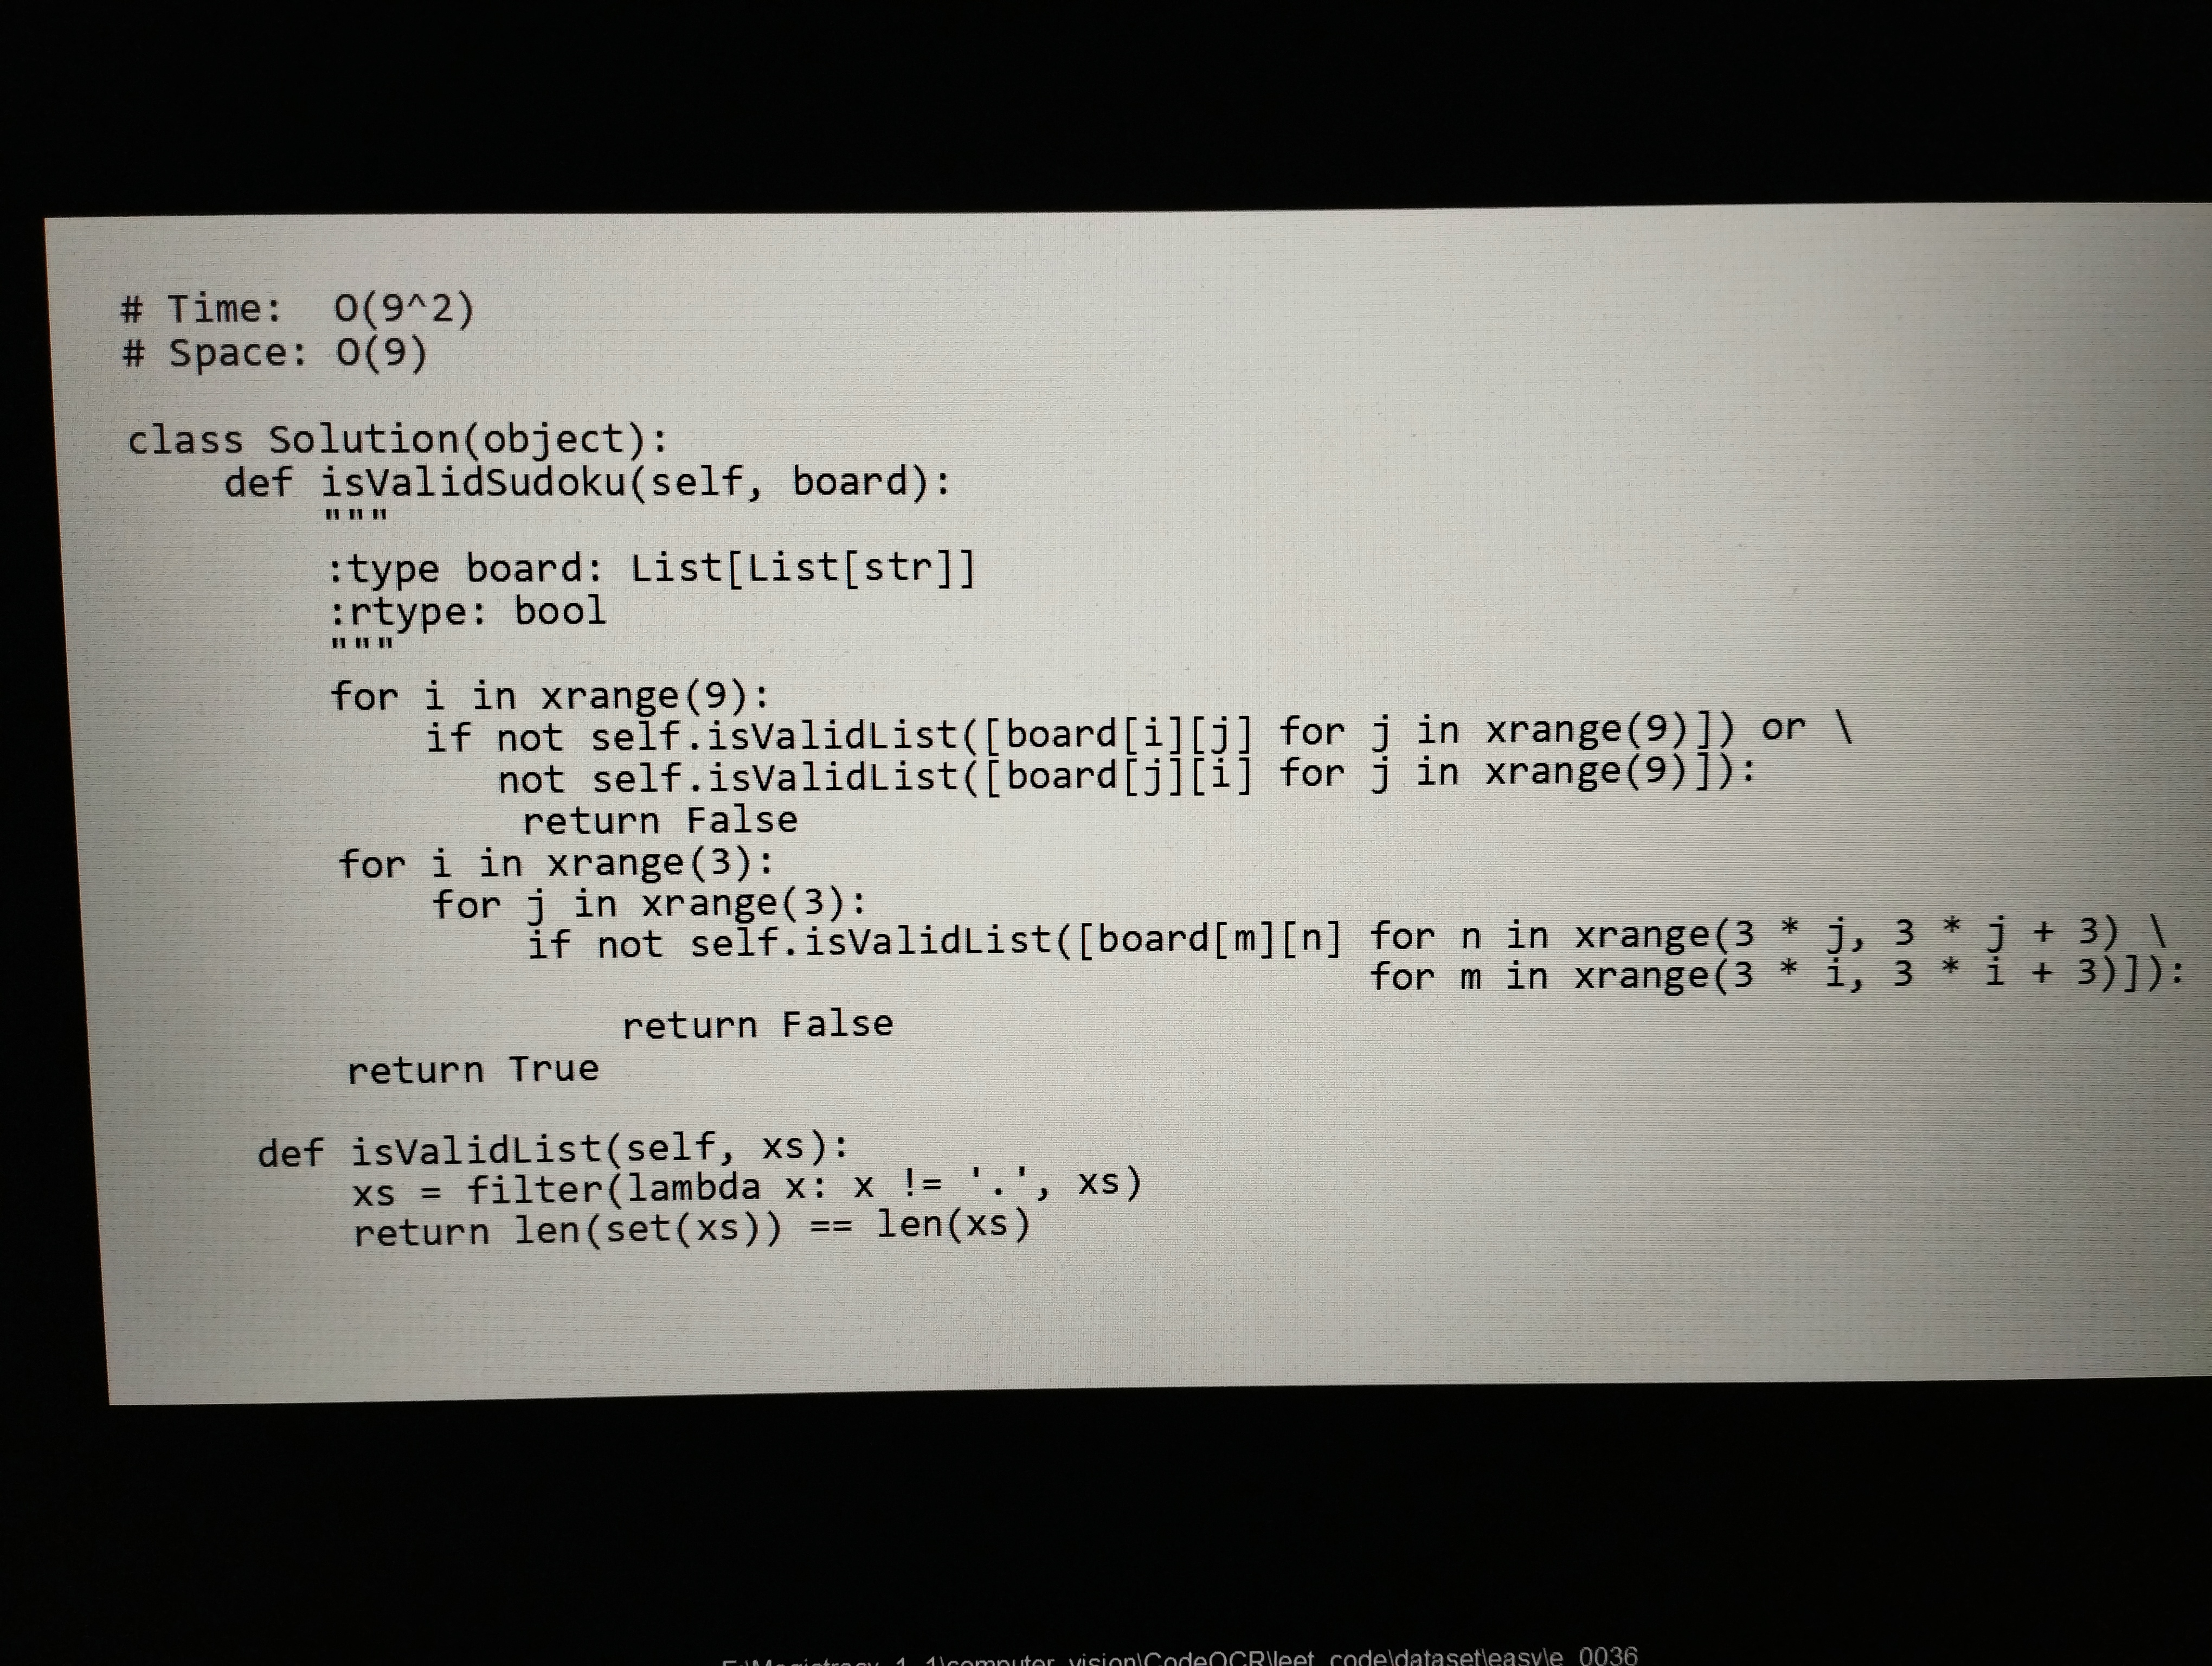
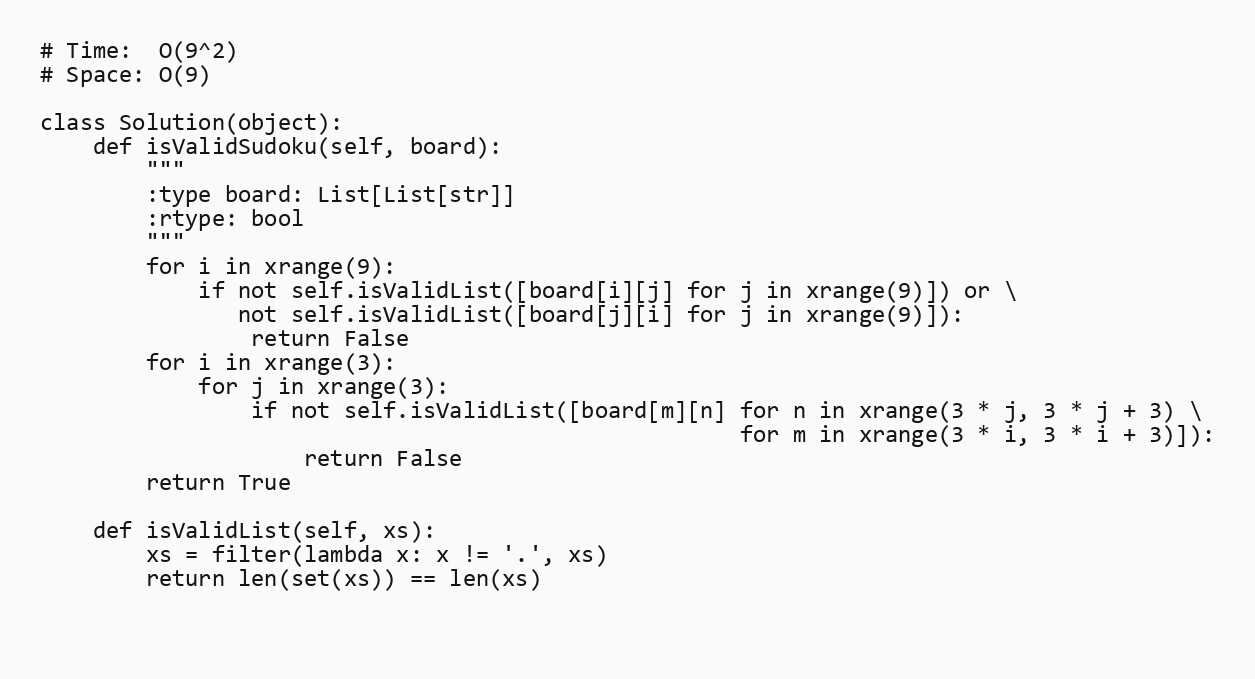
# Time:  O(9^2)
# Space: O(9)

class Solution(object):
    def isValidSudoku(self, board):
        """
        :type board: List[List[str]]
        :rtype: bool
        """
        for i in xrange(9):
            if not self.isValidList([board[i][j] for j in xrange(9)]) or \
               not self.isValidList([board[j][i] for j in xrange(9)]):
                return False
        for i in xrange(3):
            for j in xrange(3):
                if not self.isValidList([board[m][n] for n in xrange(3 * j, 3 * j + 3) \
                                                     for m in xrange(3 * i, 3 * i + 3)]):
                    return False
        return True

    def isValidList(self, xs):
        xs = filter(lambda x: x != '.', xs)
        return len(set(xs)) == len(xs)